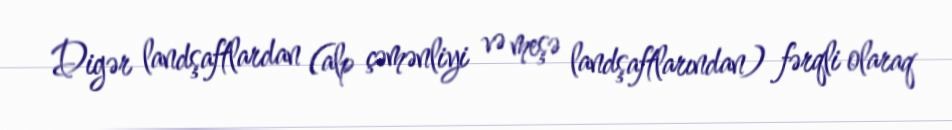
Digər landşaftlardan (alp çəmənliyi və meşə landşaftlarından) fərqli olaraq